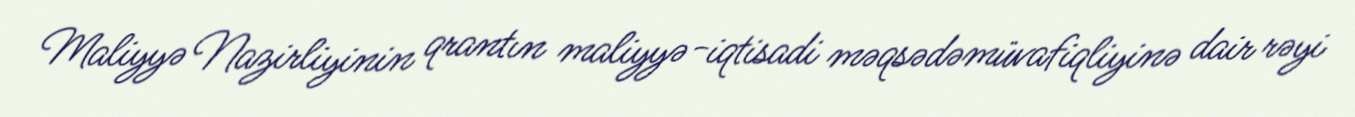
Maliyyə Nazirliyinin qrantın maliyyə-iqtisadi məqsədəmüvafiqliyinə dair rəyi